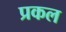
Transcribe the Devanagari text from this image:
प्रकल